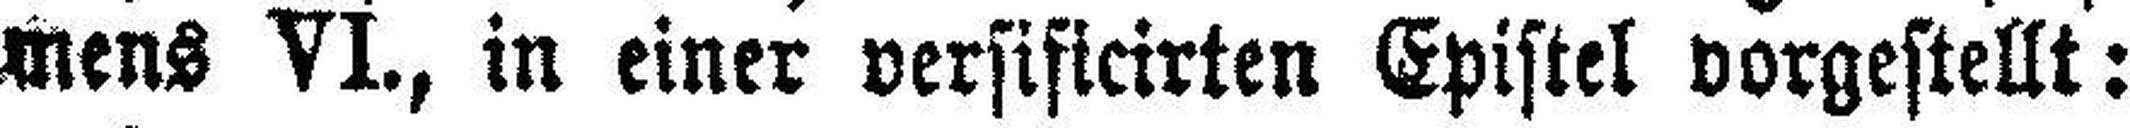
mens VI., in einer versificirten Epistel vorgestellt: